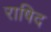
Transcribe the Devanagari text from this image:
राषिद